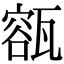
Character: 㼸